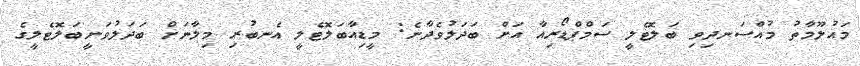
މައުލޫމާތު މުއްސަނދިވި ބަލޮޓެލީ ސަމްޕްޑޯރިއާ އަށް ބަދަލުވެދާނެ: މީޑިއާބަލޮޓެލީ އެނބުރި މިލާނަށް ބަދަލުވަނީބަލޮޓެލީގެ